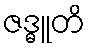
ဇဒ္ဓူတိ